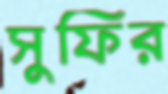
সুফির